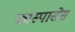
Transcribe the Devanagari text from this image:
कास्पासेस